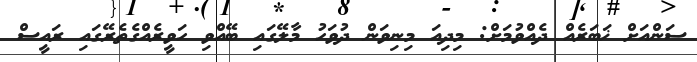
ސަންއަށް ޚަބަރެއް ދެއްވުމަށް: މިދިއަ މިނިވަން ދުވަހު މާލޭގައި ބޭއްވި ހަވީރެއްގެތެރޭގައި ރައީސް